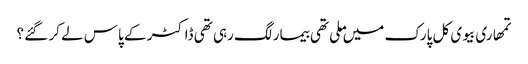
تمھاری بیوی کل پارک میں ملی تھی بیمار لگ رہی تھی ڈاکٹر کے پاس لے کر گئے ؟